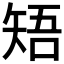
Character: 𥏒